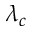
\lambda _ { c }